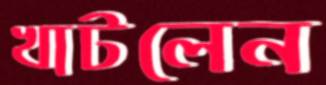
খাটলেন